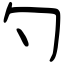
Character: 勺